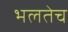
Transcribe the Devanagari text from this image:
भलतेच